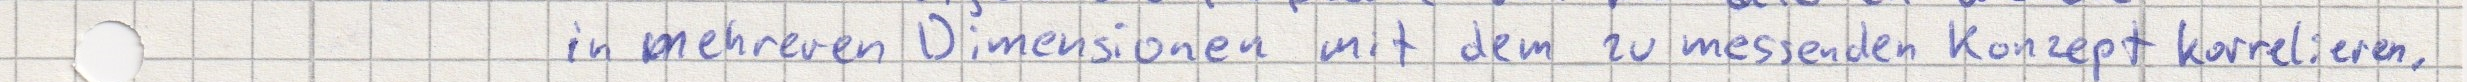
in mehreren Dimensionen mit dem zu messenden Konzept korrelieren.